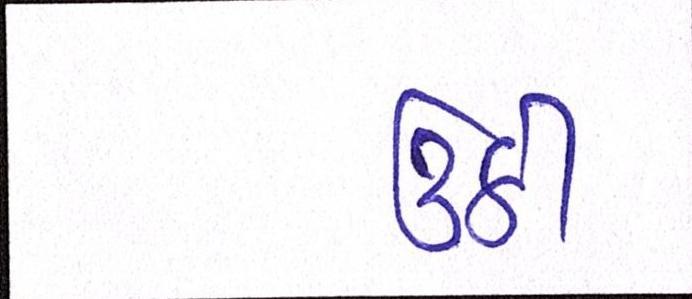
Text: ઉઠી